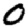
Digit: 0